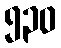
၅၃၀